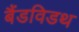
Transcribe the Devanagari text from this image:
बैंडविडथ